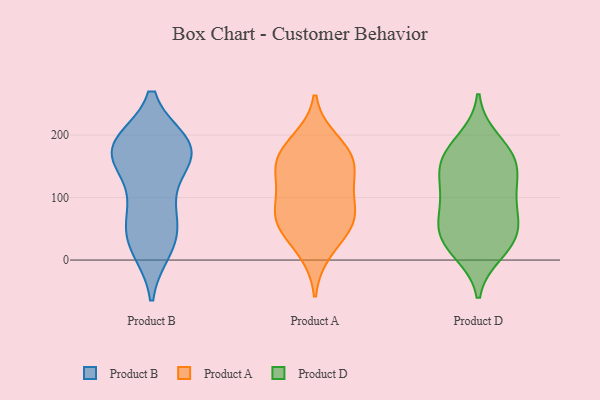
{"axis": {"x": "Energy Usage (MWh)", "y": "Value"}, "legend": ["Product A", "Product B", "Product D"], "data": [{"x": "", "y": 164, "type": "Product B"}, {"x": "", "y": 185, "type": "Product B"}, {"x": "", "y": 178, "type": "Product B"}, {"x": "", "y": 178, "type": "Product B"}, {"x": "", "y": 186, "type": "Product B"}, {"x": "", "y": 145, "type": "Product B"}, {"x": "", "y": 87, "type": "Product B"}, {"x": "", "y": 53, "type": "Product B"}, {"x": "", "y": 84, "type": "Product B"}, {"x": "", "y": 32, "type": "Product B"}, {"x": "", "y": 176, "type": "Product B"}, {"x": "", "y": 19, "type": "Product B"}, {"x": "", "y": 27, "type": "Product B"}, {"x": "", "y": 181, "type": "Product B"}, {"x": "", "y": 156, "type": "Product A"}, {"x": "", "y": 123, "type": "Product A"}, {"x": "", "y": 67, "type": "Product A"}, {"x": "", "y": 171, "type": "Product A"}, {"x": "", "y": 14, "type": "Product A"}, {"x": "", "y": 60, "type": "Product A"}, {"x": "", "y": 95, "type": "Product A"}, {"x": "", "y": 137, "type": "Product A"}, {"x": "", "y": 191, "type": "Product A"}, {"x": "", "y": 52, "type": "Product A"}, {"x": "", "y": 164, "type": "Product A"}, {"x": "", "y": 71, "type": "Product A"}, {"x": "", "y": 192, "type": "Product D"}, {"x": "", "y": 82, "type": "Product D"}, {"x": "", "y": 124, "type": "Product D"}, {"x": "", "y": 13, "type": "Product D"}, {"x": "", "y": 118, "type": "Product D"}, {"x": "", "y": 21, "type": "Product D"}, {"x": "", "y": 35, "type": "Product D"}, {"x": "", "y": 166, "type": "Product D"}, {"x": "", "y": 66, "type": "Product D"}, {"x": "", "y": 153, "type": "Product D"}, {"x": "", "y": 42, "type": "Product D"}, {"x": "", "y": 49, "type": "Product D"}, {"x": "", "y": 169, "type": "Product D"}, {"x": "", "y": 153, "type": "Product D"}, {"x": "", "y": 97, "type": "Product D"}]}